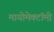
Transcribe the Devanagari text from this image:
मायोमेक्टॉमी